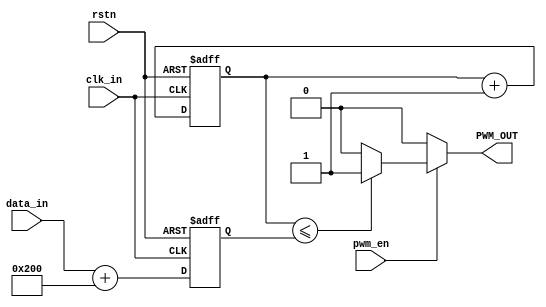
// ----------------------------------------------------------------------------
//  Version and control information:
//  File Revision       : 1.0.0
//  File Date           : 2022-03-19
// ----------------------------------------------------------------------------
// ----------------------------------------------------------------------------

//  Abstract : Meteorolite FPGA PWM 
//
// ----------------------------------------------------------------------------
module pwm#(
    parameter DATA_IN_WIDTH = 10
)(
    input wire clk_in,
    input wire rstn,
    input wire pwm_en,
    input wire signed [DATA_IN_WIDTH-1:0] data_in,
    output wire PWM_OUT
);


reg [DATA_IN_WIDTH-1:0] cnt;
always @(posedge clk_in or negedge rstn) begin
  if(~rstn)
    cnt<= 0;
  else
   cnt <= cnt + 1'b1;  // free-running counter
end

reg [DATA_IN_WIDTH-1:0] duty_r;
always @(posedge clk_in or negedge rstn) begin
	if (~rstn) begin
		duty_r <= 'd0;
	end
	else begin
		duty_r <= $signed(data_in) + 10'd512;
	end
end


assign DAC_PWM = (cnt <= duty_r) ? 1'b1 : 1'b0;
assign PWM_OUT = (pwm_en) ? DAC_PWM : 1'b0;

endmodule